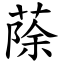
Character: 蒢